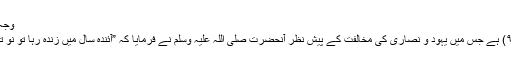
وجہ ِاختلاف صحیح مسلم کی
مندرجہ بالا حدیث (نمبر۹) ہے جس میں یہود و نصاریٰ کی مخالفت کے پیش نظر آنحضرت صلی اللہ علیہ وسلم نے فرمایا کہ ”آئندہ سال میں زندہ رہا تو نو تاریخ کا روزہ رکھوں گا۔